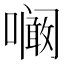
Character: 㘎